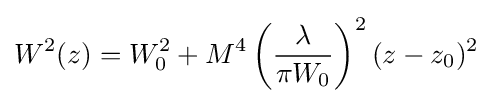
W^{2}(z)=W_{0}^{2}+M^{4}\left({\frac {\lambda }{\pi W_{0}}}\right)^{2}(z-z_{0})^{2}